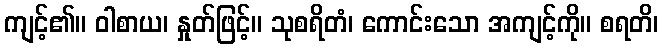
ကျင့်၏။ ဝါစာယ၊ နှုတ်ဖြင့်။ သုစရိတံ၊ ကောင်းသော အကျင့်ကို။ စရတိ၊